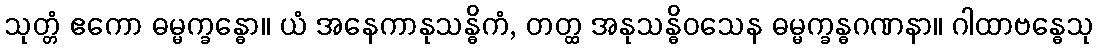
သုတ္တံ ဧကော ဓမ္မက္ခန္ဓော။ ယံ အနေကာနုသန္ဓိကံ, တတ္ထ အနုသန္ဓိဝသေန ဓမ္မက္ခန္ဓဂဏနာ။ ဂါထာဗန္ဓေသု